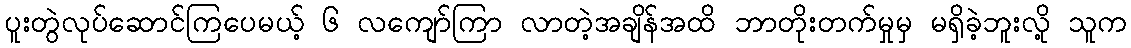
ပူးတွဲလုပ်ဆောင်ကြပေမယ့် ၆ လကျော်ကြာ လာတဲ့အချိန်အထိ ဘာတိုးတက်မှုမှ မရှိခဲ့ဘူးလို့ သူက